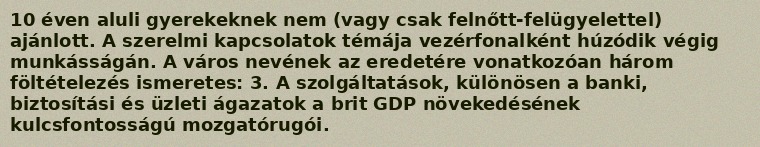
10 éven aluli gyerekeknek nem (vagy csak felnőtt-felügyelettel) ajánlott. A szerelmi kapcsolatok témája vezérfonalként húzódik végig munkásságán. A város nevének az eredetére vonatkozóan három föltételezés ismeretes: 3. A szolgáltatások, különösen a banki, biztosítási és üzleti ágazatok a brit GDP növekedésének kulcsfontosságú mozgatórugói.